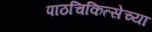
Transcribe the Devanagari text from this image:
पाठचिकित्सेच्या